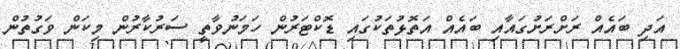
އަދި ބައެއް ރަށްރަށުގައާއި ބައެއް އަތޮޅުތަކުގައި ޑޮކްޓަރުން ހަމަނުވާތީ ސަރުކާރުން މިކަން ވަގުތުން